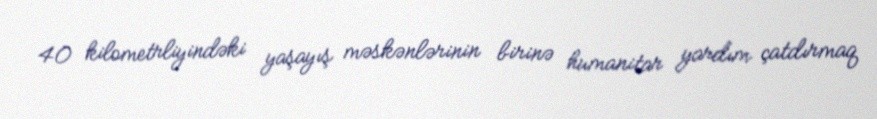
40 kilometrliyindəki yaşayış məskənlərinin birinə humanitar yardım çatdırmaq